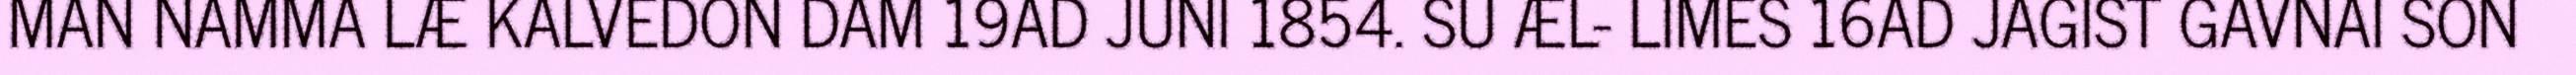
MAN NAMMA LÆ KALVEDON DAM 19AD JUNI 1854. SU ÆL- LIMES 16AD JAGIST GAVNAI SON